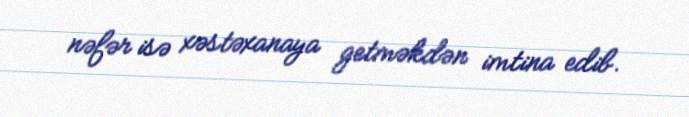
nəfər isə xəstəxanaya getməkdən imtina edib.